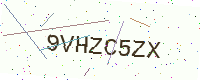
Text: 9VHZC5ZX